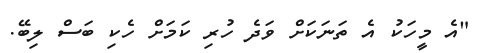
"އެ މީހަކު އެ ތަނަކަށް ވަދެ ހުރި ކަމަށް ހެކި ބަސް ލިބޭ.